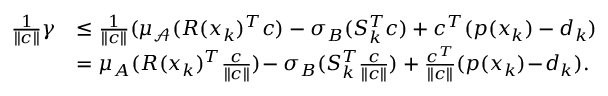
\begin{array} { r l } { \frac { 1 } { \| c \| } \gamma } & { \leq \frac { 1 } { \| c \| } ( \mu _ { \mathcal { A } } ( R ( x _ { k } ) ^ { T } c ) - \sigma _ { B } ( S _ { k } ^ { T } c ) + c ^ { T } ( p ( x _ { k } ) - d _ { k } ) } \\ & { = \mu _ { A } ( R ( x _ { k } ) ^ { T } \frac { c } { \| c \| } ) \! - \sigma _ { B } ( S _ { k } ^ { T } \frac { c } { \| c \| } ) + \frac { c ^ { T } } { \| c \| } ( p ( x _ { k } ) \! - \! d _ { k } ) . } \end{array}